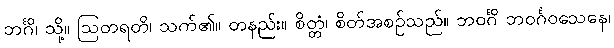
ဘင်္ဂိ၊ သို့။ ဩတရတိ၊ သက်၏။ တနည်း။ စိတ္တံ၊ စိတ်အစဉ်သည်။ ဘဝင်္ဂိ ဘဝင်္ဂဝသေနေ၊